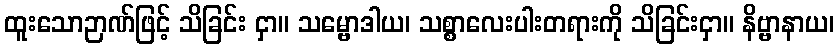
ထူးသောဉာဏ်ဖြင့် သိခြင်း ငှာ။ သမ္ဗောဒါယ၊ သစ္စာလေးပါးတရားကို သိခြင်းငှာ။ နိဗ္ဗာနာယ၊